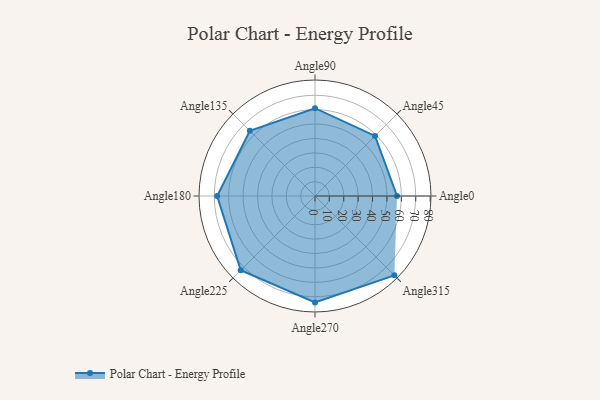
{"axis": {"x": "Angle", "y": "Radius"}, "legend": [""], "data": [{"x": "Angle0", "y": 57.0, "type": ""}, {"x": "Angle45", "y": 59.0, "type": ""}, {"x": "Angle90", "y": 61.0, "type": ""}, {"x": "Angle135", "y": 64.0, "type": ""}, {"x": "Angle180", "y": 68.0, "type": ""}, {"x": "Angle225", "y": 73.0, "type": ""}, {"x": "Angle270", "y": 74.0, "type": ""}, {"x": "Angle315", "y": 78.0, "type": ""}]}